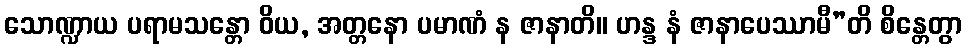
သောဏ္ဍာယ ပရာမသန္တော ဝိယ, အတ္တနော ပမာဏံ န ဇာနာတိ။ ဟန္ဒ နံ ဇာနာပေဿာမီ”တိ စိန္တေတွာ